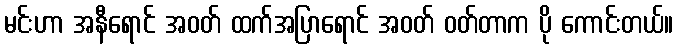
မင်းဟာ အနီရောင် အဝတ် ထက်အပြာရောင် အဝတ် ဝတ်တာက ပို ကောင်းတယ်။